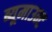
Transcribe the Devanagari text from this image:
ब्यूमाउन्ट